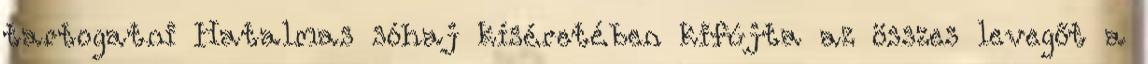
tartogatni Hatalmas sóhaj kíséretében kifújta az összes levegőt a